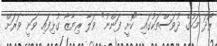
ރޯދަ މަހުގެ ދުވަސްތަކުގައި "ކޮށީ ފަންނު" ވަލާ ރިޔާޒާ ގުޅިފައި ވަނީ ވަރަށް